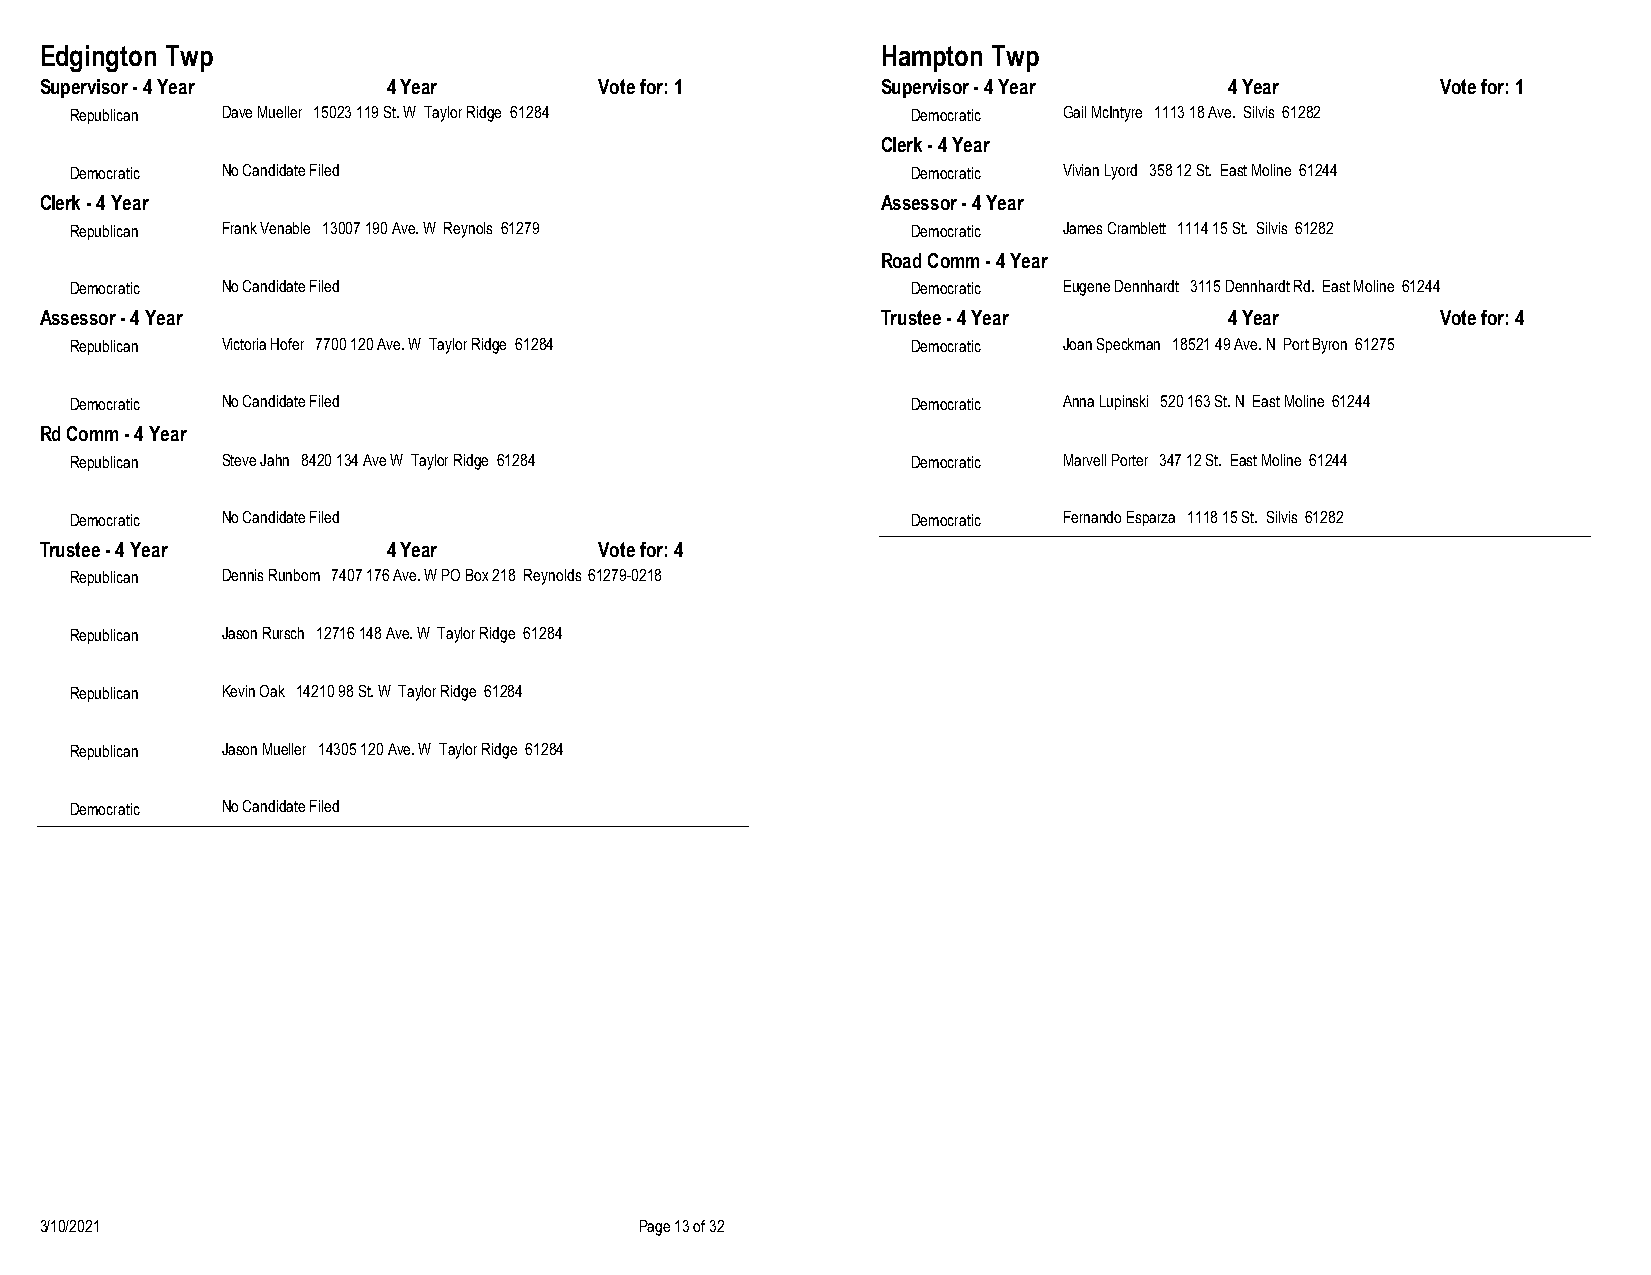
Edgington Twp                                          Hampton Twp
 Supervisor - 4 Year    4 Year        Vote for: 1       Supervisor - 4 Year    4 Year        Vote for: 1
 Republican Dave Mueller 15023 119 St. W Taylor Ridge 61284 Democratic Gail McIntyre 1113 18 Ave. Silvis 61282
 Clerk - 4 Year
 Democratic No Candidate Filed                          Democratic Vivian Lyord 358 12 St. East Moline 61244
 Clerk - 4 Year                                         Assessor - 4 Year
 Republican Frank Venable 13007 190 Ave. W Reynols 61279 Democratic James Cramblett 1114 15 St. Silvis 61282
 Road Comm - 4 Year
 Democratic No Candidate Filed                          Democratic Eugene Dennhardt 3115 Dennhardt Rd. East Moline 61244
 Assessor - 4 Year                                      Trustee - 4 Year       4 Year        Vote for: 4
 Republican Victoria Hofer 7700 120 Ave. W Taylor Ridge 61284 Democratic Joan Speckman 18521 49 Ave. N Port Byron 61275
 Democratic No Candidate Filed                          Democratic Anna Lupinski 520 163 St. N East Moline 61244
 Rd Comm - 4 Year
 Republican Steve Jahn 8420 134 Ave W Taylor Ridge 61284 Democratic Marvell Porter 347 12 St. East Moline 61244
 Democratic No Candidate Filed                          Democratic Fernando Esparza 1118 15 St. Silvis 61282
 Trustee - 4 Year       4 Year        Vote for: 4
 Republican Dennis Runbom 7407 176 Ave. W PO Box 218 Reynolds 61279-0218
 Republican Jason Rursch 12716 148 Ave. W Taylor Ridge 61284
 Republican Kevin Oak 14210 98 St. W Taylor Ridge 61284
 Republican Jason Mueller 14305 120 Ave. W Taylor Ridge 61284
 Democratic No Candidate Filed
 3/10/2021                              Page 13 of 32